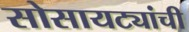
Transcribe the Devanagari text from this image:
सोसायट्यांची